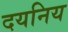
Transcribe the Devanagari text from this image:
दयनिय